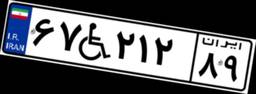
۶۷W۲۱۲۸۹